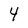
Character: 4